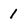
Character: 1